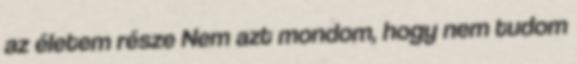
az életem része Nem azt mondom, hogy nem tudom